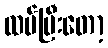
ထပ်ပြီးတော့